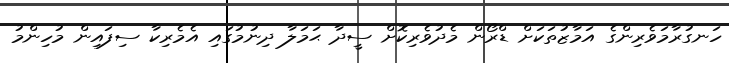
ހަނގުރާމަވެރިންގެ އަމާޒުތަކަށް ޑްރޯން މެދުވެރިކޮށް ސީދާ ޙަމަލާ ދިނުމުގައި އެމެރިކާ ސިފައިން މުހިންމު